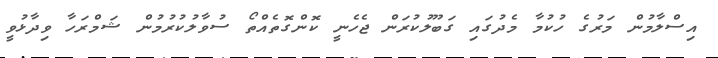
އިސްލާމުން މަރުގެ ހުކުމާ މެދުގައި ގަބޫލުކުރަން ޖެހެނީ ކޮންގޮތެއްތޯ ސުވާލުކުރުމުން ޝަމްރަހާ ވިދާޅުވީ